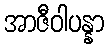
အာဇီဝါပန္နာ